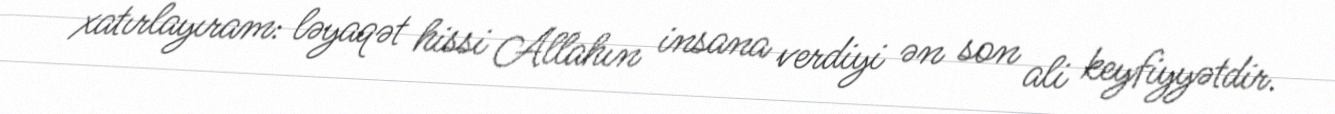
xatırlayıram: ləyaqət hissi Allahın insana verdiyi ən son ali keyfiyyətdir.